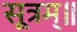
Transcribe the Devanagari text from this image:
सूत्रम्॥